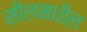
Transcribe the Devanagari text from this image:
सीलमधील